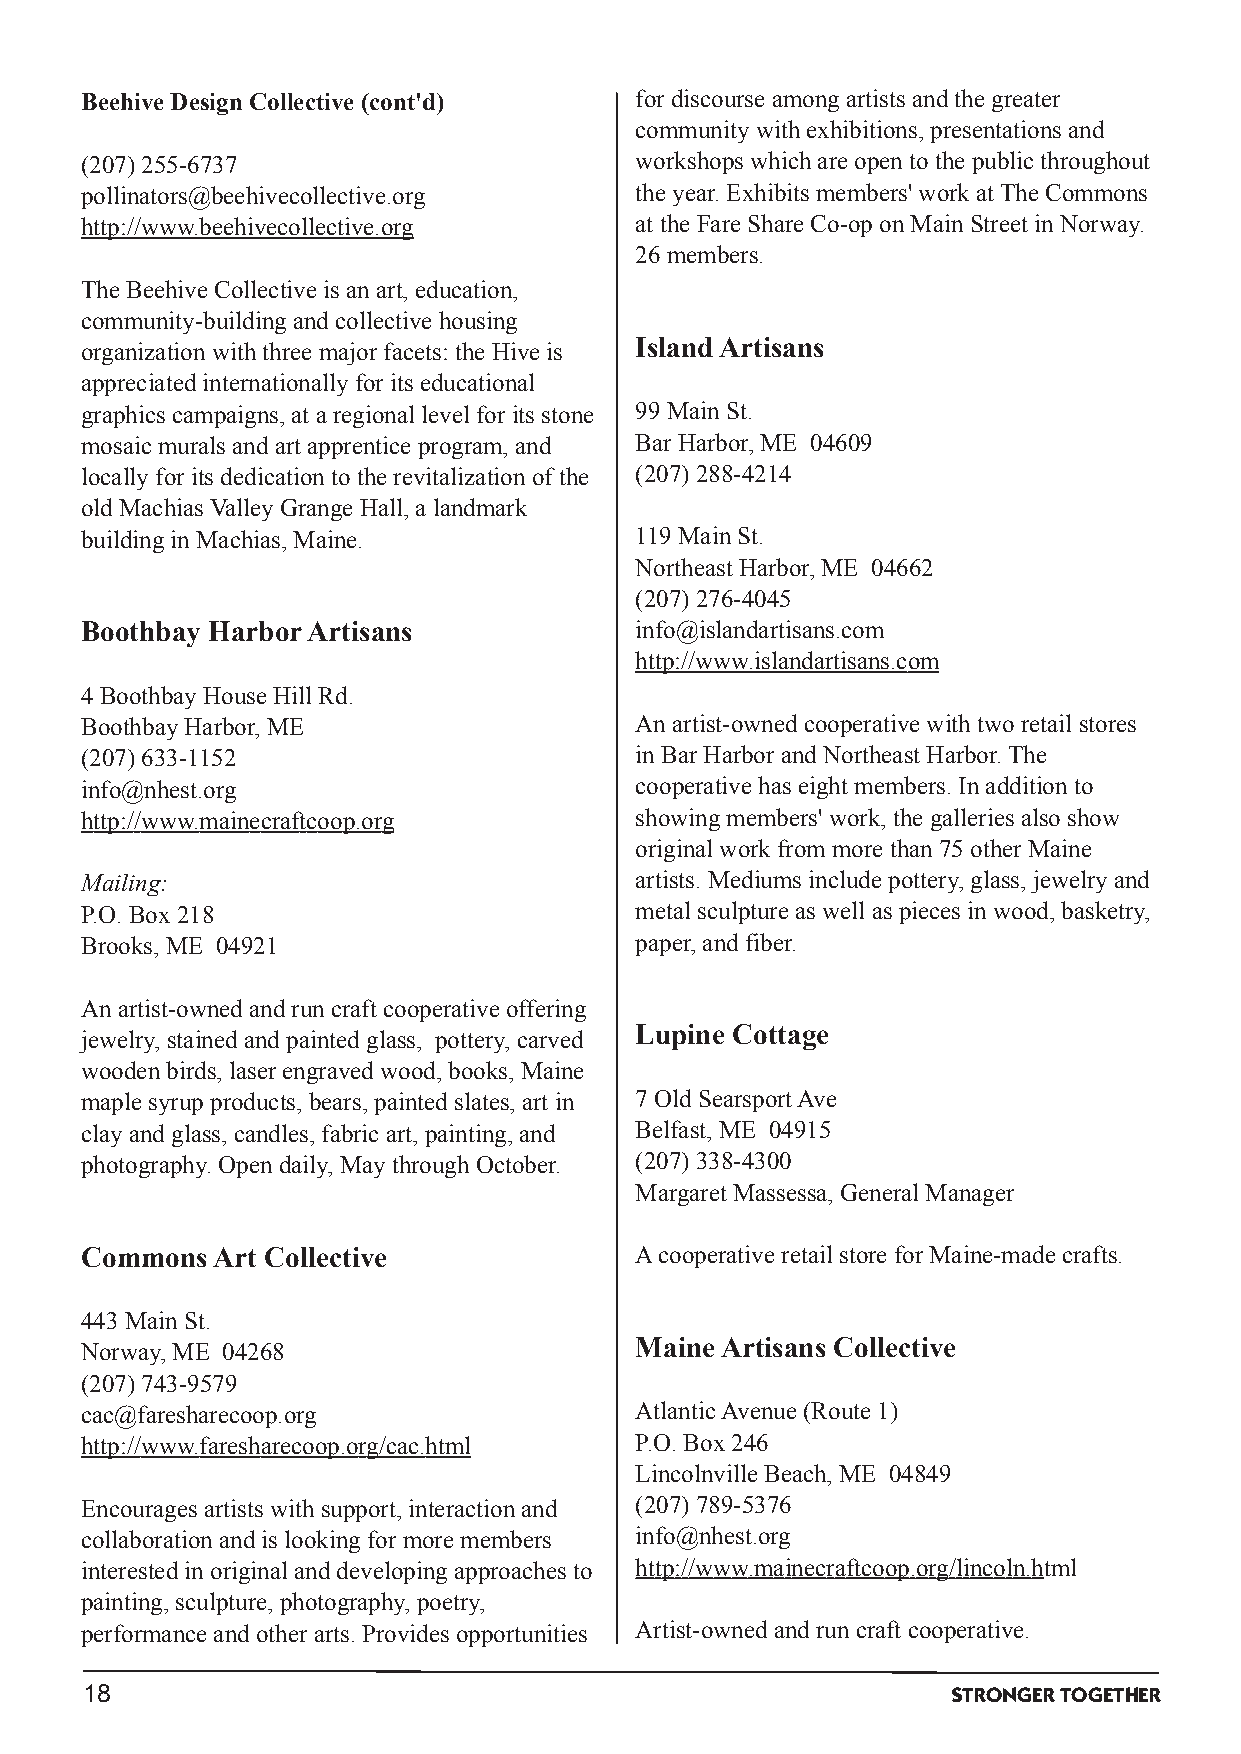
Beehive Design Collective (cont'd)   for discourse amongartists andthe greater
 communitywithexhibitions,presentations and
 (207) 255­6737                       workshops whichare opentothe public throughout
 pollinators@beehivecollective.org    the year.Exhibits members' workatThe Commons
 http://www.beehivecollective.org     at the Fare Share Co­oponMainStreet inNorway.
 26members.
 The Beehive Collective is anart,education,
 community­buildingandcollective housing
 organizationwiththree major facets: the Hive is IslandArtisans
 appreciatedinternationallyfor its educational
 graphics campaigns,at a regional level for its stone 99MainSt.
 mosaic murals andart apprentice program,and Bar Harbor,ME 04609
 locallyfor its dedicationtothe revitalizationof the (207) 288­4214
 oldMachiasValleyGrange Hall,a landmark
 buildinginMachias,Maine.             119MainSt.
 Northeast Harbor,ME 04662
 (207) 276­4045
 Boothbay HarborArtisans              info@islandartisans.com
 http://www.islandartisans.com
 4BoothbayHouse Hill Rd.
 BoothbayHarbor,ME                    Anartist­ownedcooperative withtworetail stores
 (207) 633­1152                       inBar Harbor andNortheast Harbor.The
 info@nhest.org                       cooperative has eight members.Inadditionto
 http://www.mainecraftcoop.org        showingmembers' work,the galleries alsoshow
 original workfrom more than75other Maine
 Mailing:                             artists.Mediums include pottery,glass,jewelryand
 P.O.Box218                           metal sculpture as well as pieces inwood,basketry,
 Brooks,ME 04921                      paper,andfiber.
 Anartist­ownedandruncraft cooperative offering
 jewelry,stainedandpaintedglass, pottery,carved Lupine Cottage
 woodenbirds,laser engravedwood,books,Maine
 maple syrupproducts,bears,paintedslates,art in 7OldSearsportAve
 clayandglass,candles,fabric art,painting,and Belfast,ME 04915
 photography.Opendaily,MaythroughOctober. (207) 338­4300
 Margaret Massessa,General Manager
 CommonsArt  Collective               Acooperative retail store for Maine­made crafts.
 443MainSt.
 Norway,ME 04268                      MaineArtisans Collective
 (207) 743­9579
 cac@faresharecoop.org                AtlanticAvenue (Route 1)
 http://www.faresharecoop.org/cac.html P.O.Box246
 Lincolnville Beach,ME 04849
 Encourages artists withsupport,interactionand (207) 789­5376
 collaborationandis lookingfor more members info@nhest.org
 interestedinoriginal anddevelopingapproaches to http://www.mainecraftcoop.org/lincoln.html
 painting,sculpture,photography,poetry,
 performance andother arts.Provides opportunities Artist­ownedandruncraft cooperative.
 18                                                       STRONGERTOGETHER